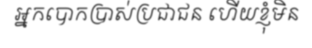
អ្នកបោកប្រាស់ប្រជាជន ហើយខ្ញុំមិន